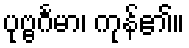
ပုဗ္ဗင်္ဂမာ၊ ကုန်၏။